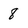
Character: 8